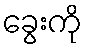
ခွေးကို